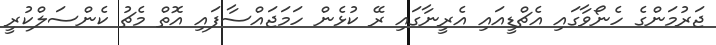
ޖަރުމަންގެ ހެނޯވާގައި އެޗްޑީއައި އެރީނާގައި ރޭ ކުޅެން ހަމަޖައްސާފައި އޮތް މެޗު ކެންސަލްކުރީ